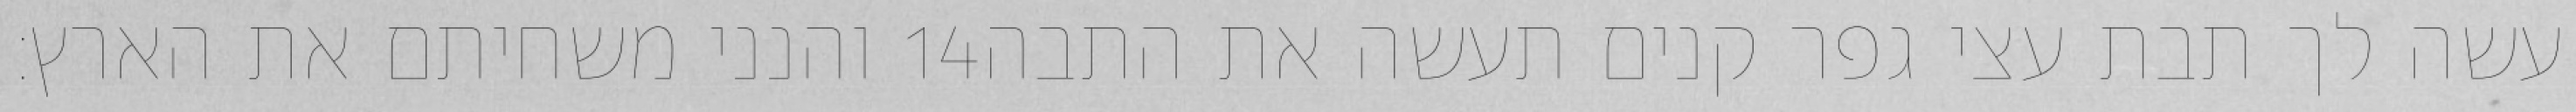
והנני משחיתם את הארץ׃ ‎14‏ עשה לך תבת עצי גפר קנים תעשה את התבה